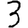
Digit: 3